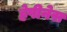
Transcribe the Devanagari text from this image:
हेपीनेस